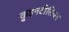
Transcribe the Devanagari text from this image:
कुइनटीलियन